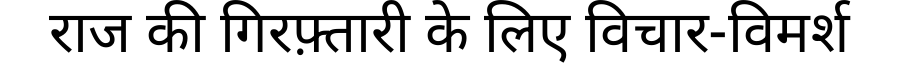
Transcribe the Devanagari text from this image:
राज की गिरफ़्तारी के लिए विचार-विमर्श